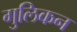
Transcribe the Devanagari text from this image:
गुलिकन